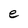
Character: e